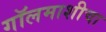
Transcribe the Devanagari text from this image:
गॉलमाशीचा